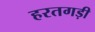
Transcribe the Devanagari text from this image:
हरतगड़ी